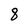
Character: 8